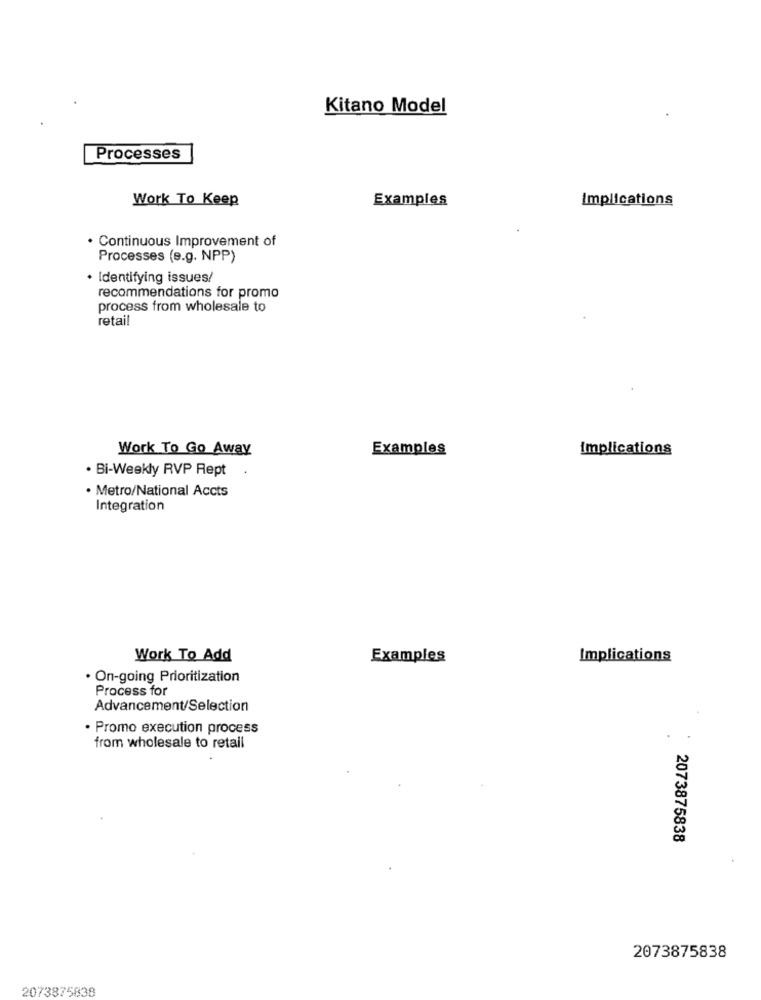
Kitano Model
Processes
Work To Keep
Examples
Implications
· Continuous Improvement of
Processes (e.g. NPP)
· Identifying issues/
recommendations for promo
process from wholesale to
retail
Work To Go Away
Examples
implications
· Bi-Weekly RVP Rept
· Metro/National Accts
Integration
Work To Add
Examples
Implications
. On-going Prioritization
Process for
Advancement/Selection
Promo execution process
from wholesale to retail
2073875838
2073875838
2073875838